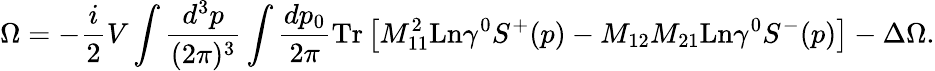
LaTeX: \Omega=-\frac i2V\int\frac{d^{3}p}{(2\pi)^{3}}\int\frac{dp_{0}}{2\pi}\mathrm{Tr}\left[M_{11}^{2}\mathrm{Ln}\gamma^{0}S^{+}(p)-M_{12}M_{21}\mathrm{Ln}\gamma^{0}S^{-}(p)\right]-\Delta\Omega.